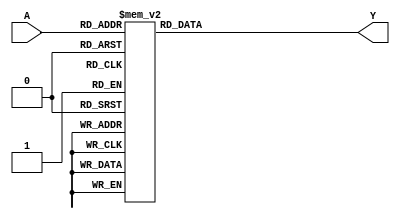
module combinational_logic_block (
    input [2:0] A,  // 3-bit input
    output reg Y    // Output
);

// Define the output based on the valid input combinations and don't care conditions
always @(*) begin
    case (A)
        3'b000: Y = 1;  // Valid input
        3'b001: Y = 0;  // Valid input
        3'b010: Y = 1;  // Valid input
        3'b011: Y = 1;  // Valid input
        3'b100: Y = 0;  // Valid input
        3'b101: Y = 1;  // Don't care condition (can be either 0 or 1)
        3'b110: Y = 0;  // Valid input
        3'b111: Y = 1;  // Don't care condition (can be either 0 or 1)
        default: Y = 0;  // Default case for undefined conditions
    endcase
end

endmodule